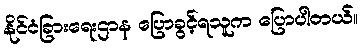
နိုင်ငံခြားရေးဌာန ပြောခွင့်ရသူက ပြောပါတယ်။